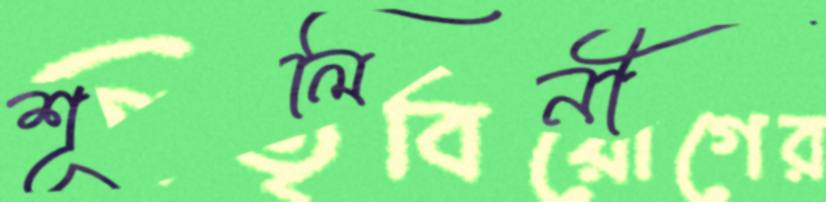
শূলিনী